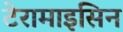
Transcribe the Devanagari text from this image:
टेरामाइसिन